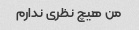
من هیچ نظری ندارم